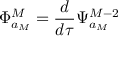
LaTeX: \Phi _ { a _ { M } } ^ { M } = \frac { d } { d \tau } \Psi _ { a _ { M } } ^ { M - 2 }